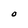
Character: O